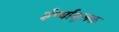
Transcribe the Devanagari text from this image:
ईर्ष्यामूलक